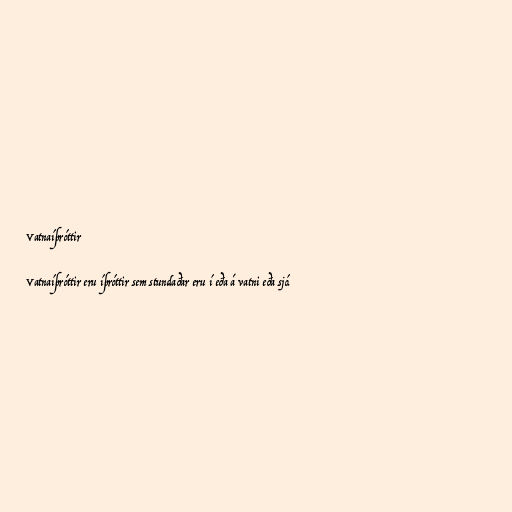
Vatnaíþróttir

Vatnaíþróttir eru íþróttir sem stundaðar eru í eða á vatni eða sjó.